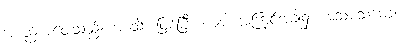
အစည်းအဝေးသည်။ အာသိ၊ ဖြစ်ပြီ။ ယဒါ၊ အကြင်အခါ၌။ အသမသမော၊